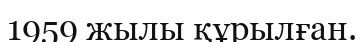
1959 жылы құрылған.